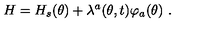
H = H _ { s } ( \theta ) + \lambda ^ { a } ( \theta , t ) \varphi _ { a } ( \theta ) \ .